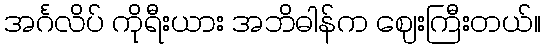
အင်္ဂလိပ် ကိုရီးယား အဘိဓါန်က ဈေးကြီးတယ်။